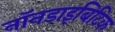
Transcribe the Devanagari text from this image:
नॉनडाइबिटिक